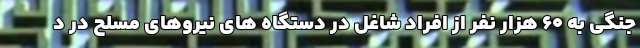
جنگی به 60 هزار نفر از افراد شاغل در دستگاه های نیروهای مسلح در د